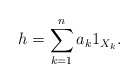
\begin{align*}h = \sum^n_{k=1} a_k 1_{X_k}.\end{align*}